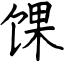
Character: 馃